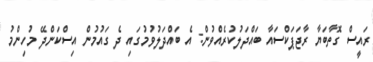
ރައީސް ގޮތާބަޔާ ރާޖަޕަކްސައާ ބައްދަލުކުރެއްވުން: އެ ބައްދަލުވުމުގައި ދެ ގައުމުން އިސްކަންދޭ މުހިންމު